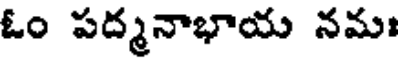
ఓం పద్మనాభాయ నమః